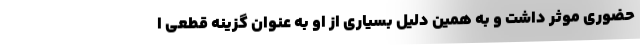
حضوری موثر داشت و به همین دلیل بسیاری از او به عنوان گزینه قطعی ا